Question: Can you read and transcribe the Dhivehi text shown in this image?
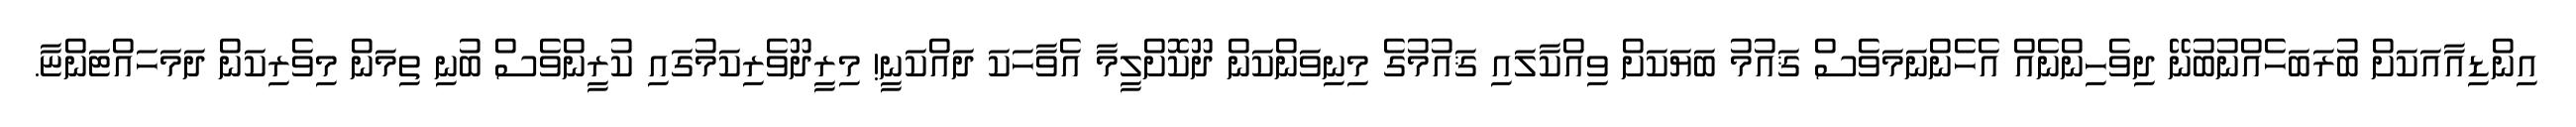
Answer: އިންޑިއާއަކަށް ބުރަބަހެއްނުބުނޭ ދިވެހިންނެއް އެހެންނަމަވެސް ޤައުމު ބަޔަކަށް ވިއްކާލައި ޤައުމުގެ މިނިވަންކަން ދޫކޮށްލީމާ އެވާހަކަ ދައްކަނީ! މިރީދޫވެރިކަމުގައި ކުރީންވެސް ބުނި ތިމަން މިވެރިކަން ދަމަހައްޓަންޏާ.